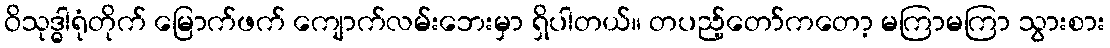
ဝိသုဒ္ဓါရုံတိုက် မြောက်ဖက် ကျောက်လမ်းဘေးမှာ ရှိပါတယ်။ တပည့်တော်ကတော့ မကြာမကြာ သွားစား